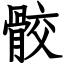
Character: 骹